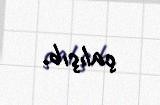
çalışıb.